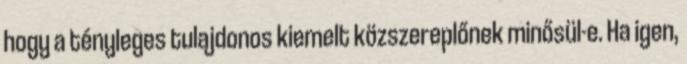
hogy a tényleges tulajdonos kiemelt közszereplőnek minősül-e. Ha igen,